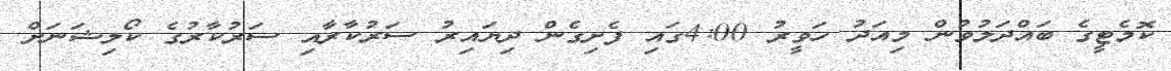
ކޮމެޓީގެ ބައްދަލުވުން މިއަދު ހަވީރު 4:00ގައި ފެށިގެން ދިޔައިރު ސަރުކާރާއި ސަރުކާރުގެ ކޯލިޝަނަށް